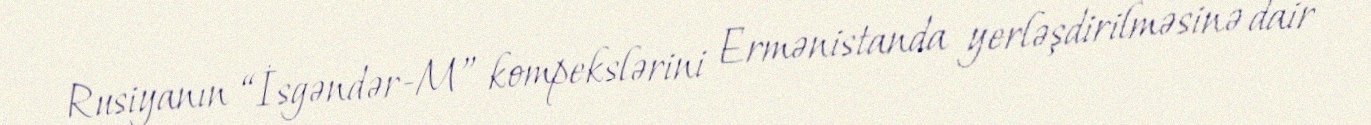
Rusiyanın “İsgəndər-M” kompekslərini Ermənistanda yerləşdirilməsinə dair